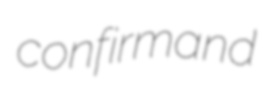
confirmand